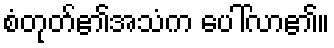
စံတုတ်၏အသံက ပေါ်လာ၏။